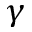
\gamma